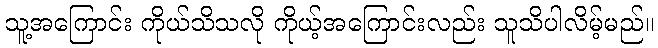
သူ့အကြောင်း ကိုယ်သိသလို ကိုယ့်အကြောင်းလည်း သူသိပါလိမ့်မည်။